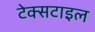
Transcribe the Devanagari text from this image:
टेक्‍सटाइल